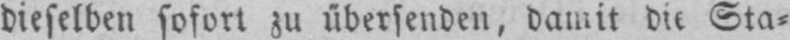
dieselben sofort zu übersenden, damit die Sta⸗